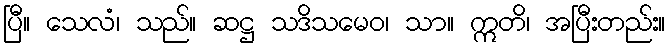
ပြီ။ သေလံ၊ သည်။ ဆဋ္ဌ သဒိသမေဝ၊ သာ။ ဣတိ၊ အပြီးတည်း။